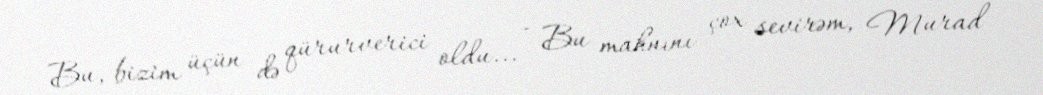
Bu, bizim üçün də qürurverici oldu... - Bu mahnını çox sevirəm, Murad